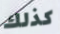
كذلك